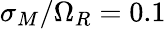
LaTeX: \sigma_{M}/\Omega_{R}=0.1